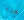
هنا